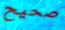
صحيح